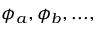
\phi _ { a } , \phi _ { b } , . . . ,